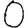
Digit: 0